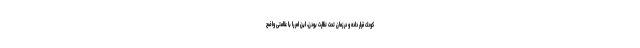
کودک قرار داده و در زمان تحت نظارت بودن، این امر را با علامتی واضح